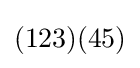
(123)(45)